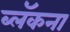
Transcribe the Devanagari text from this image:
ब्लॅकना